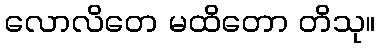
လောလိတေ မထိတော တိသု။